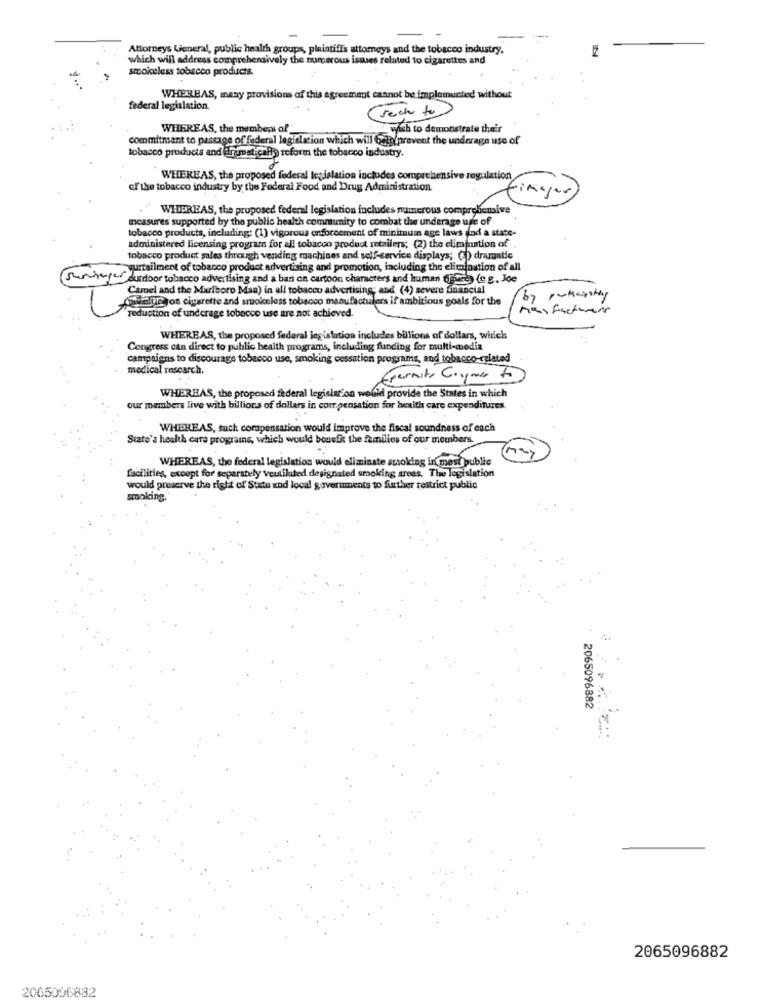
Attorneys Lieneral, public health groups, plaintiffs attorneys and the tobacco industry.
which will address comprehensively the numerous issues related to cigarettes and
smokeless tobacco products.
WHEREAS, many provisions of this agreement cannot be implemented without
federal legislation.
rech to
WHEREAS, the members of __
wish to demonstrate their
commitment to passage of federal legislation which will beto prevent the underage use of
tobacco products and drumstically reform the tobacco industry.
WHEREAS, the proposed federal legislation includes comprehensive regulation
of the tobacco industry by the Federal Food and Drug Administration.
images
WHEREAS, the proposed federal legislation includes numerous comprehensive
measures supported by the public health comntunity to combat the underage use of
tobacco products, including: (1) vigorous enforcement of minimum age laws and a state-
administered licensing program for all tobacco product retailers; (2) the elimination of
tobacco product sales through vending machines and self-service displays; (3) dramatic
yurtailment of tobacco product advertising and promotion, including the elimination of all
Suntryer dundoor tobacco advertising and a ban on cartoon characters and human (jura) (0 g. Joe
Camel and the Marlboro Man) in all tobacco advertising; and (4) severe financial
wiatrjon cigarette and suoiceless tobacco manufactulers if ambitious goals for the
by parkcity
reduction of underage tobacco use are not achieved.
Mas factores
WHEREAS, the proposed federal legislation includes billions of dollars, which
Congress can direct to public health programs, including funding for multi-media
campaigns to discourage tobacco use, smoking cessation programs, sud tobacco-related
medical research.
Epernity Comes to
WHEREAS, the proposed federal legislation would provide the States in which
our members live with billions of dollars in compensation for hexith care expenditures.
WHEREAS, such compensation would improve the fiscal soundness of each
State's health care programe, which would benefit the families of our members.
WHEREAS, the federal legislation would eliminate anoking in mest public
facilities, except for separately veulikited designated smoking areas. The legislation
would preserve the right of State and local governments to further restrict public
smoking.
2065096882
2065096882
2065096882